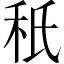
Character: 秖